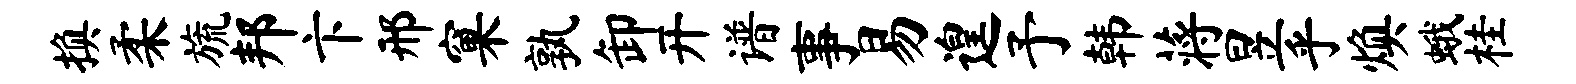
换柔旒邦卞邢窠孰卸开谱事易遑予韩蒋昱乎焕蛾桂